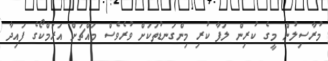
މުރާސިލުން މީގެ ކުރިން ލަފާ ކުރި މިންގަނޑުތަކަށް ވުރެވެސް މައްޗަށް އަރަމްކޯގެ ފައިދާ